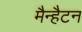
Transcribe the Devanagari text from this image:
मैन्हैटन